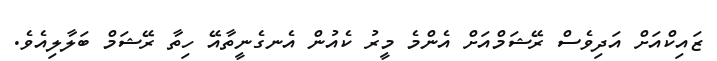
ޒައިކްއަށް އަދިވެސް ރޭޝަމްއަށް އެންމެ މީރު ކެއުން އެނގެނީތާއޭ ހިތާ ރޭޝަމް ބަލާލިއެވެ.